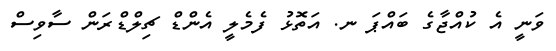
ވަނީ އެ ކުއްޖާގެ ބައްޕަ ނ. އަތޮޅު ފެމެލީ އެންޑް ޗިލްޑްރަން ސާވިސް